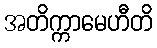
အတိက္ကာမေဟီတိ